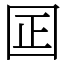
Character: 囸